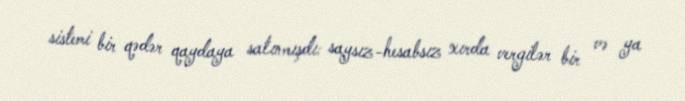
sistemi bir qədər qaydaya salınmışdı: saysız-hesabsız xırda vergilər bir və ya